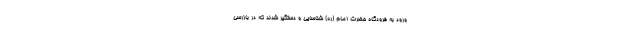
ورود به فرودگاه حضرت امام (ره) شناسایی و دستگیر شدند که در بازرسی